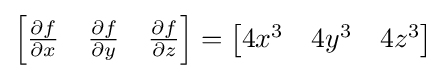
{\begin{bmatrix}{\frac {\partial f}{\partial x}}&{\frac {\partial f}{\partial y}}&{\frac {\partial f}{\partial z}}\end{bmatrix}}={\begin{bmatrix}4x^{3}&4y^{3}&4z^{3}\end{bmatrix}}